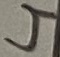
Text: 4